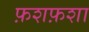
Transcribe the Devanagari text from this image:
फ़शफ़शा